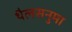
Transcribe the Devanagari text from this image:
थैलसनुमा